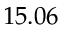
1 5 . 0 6